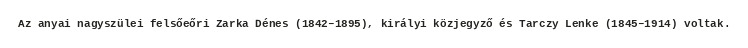
Az anyai nagyszülei felsőeőri Zarka Dénes (1842–1895), királyi közjegyző és Tarczy Lenke (1845–1914) voltak.